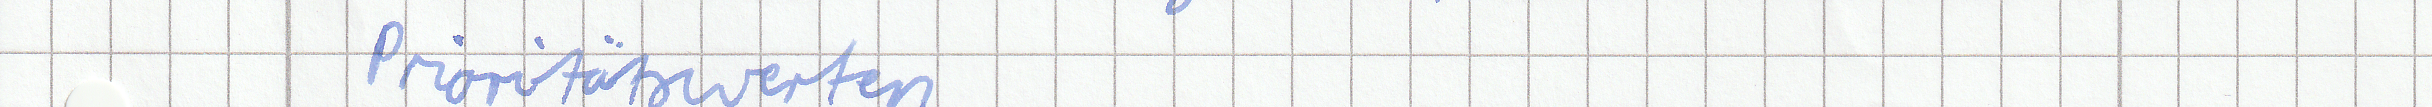
Prioritätswerten